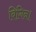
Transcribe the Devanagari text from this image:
बिगिन।